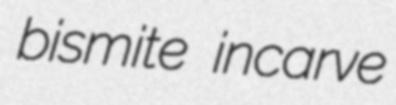
bismite incarve